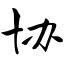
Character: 协